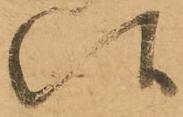
候